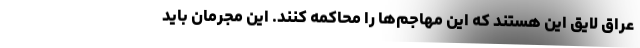
عراق لایق این هستند که این‌ مهاجم‌ها را محاکمه کنند. این مجرمان باید